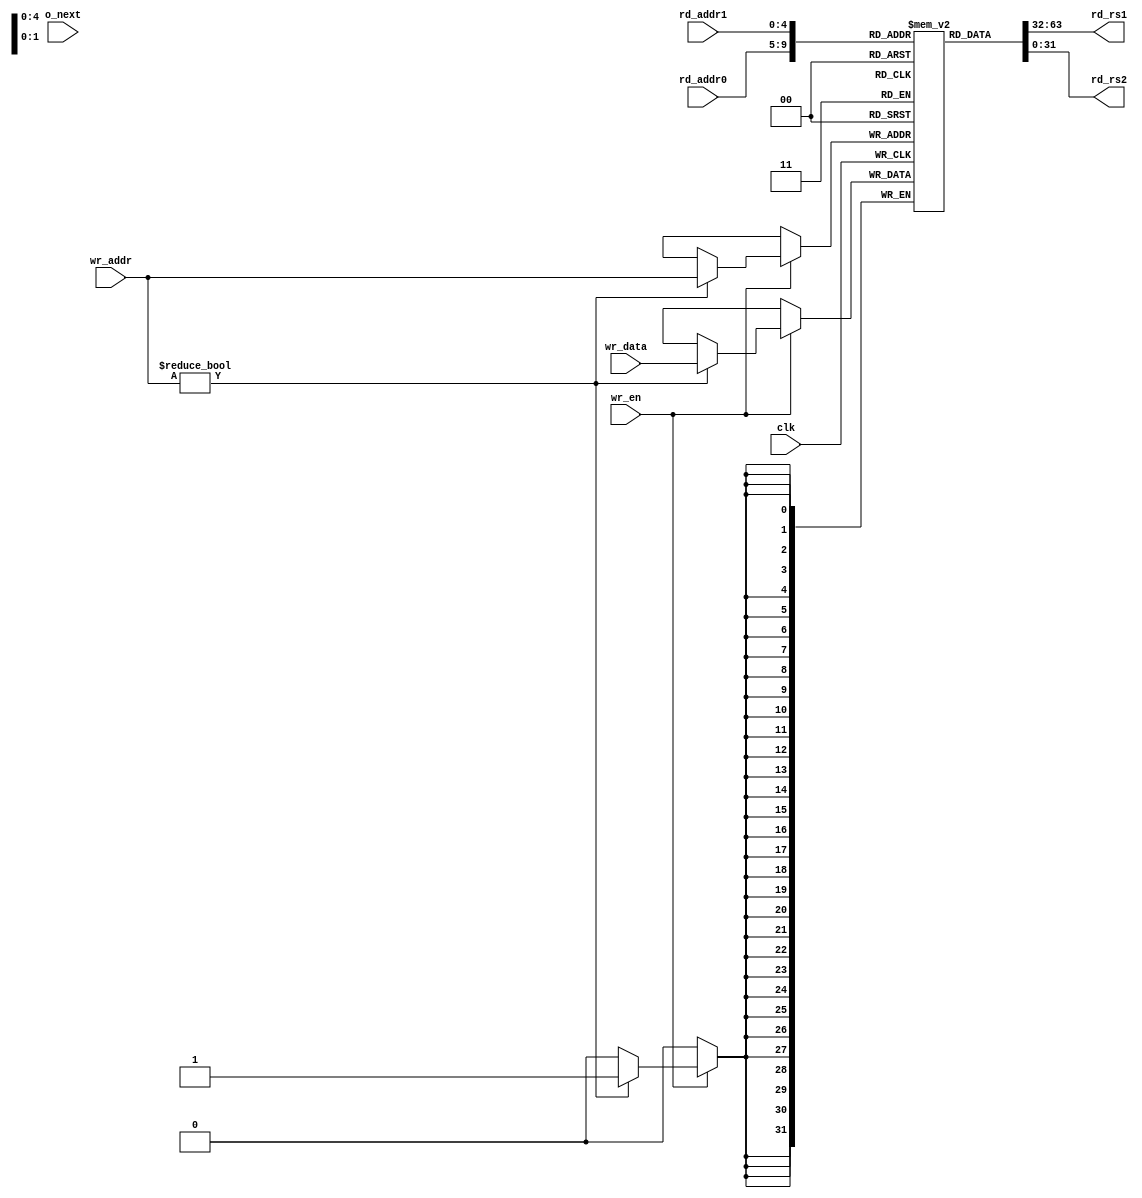
`timescale 1ns/1ps

module cpureg #(
    parameter REGISTER_INITIAL_VALUE = 0
)(
    input clk,
    input [4:0] rd_addr0,
    input [4:0] rd_addr1,
    output [31:0] rd_rs1,
    output [31:0] rd_rs2,
    input [4:0] wr_addr,
    input [31:0] wr_data,
    input wr_en,

    input o_next
);
    reg [31:0] cpu_reg [0:31];

    assign rd_rs1 = cpu_reg[rd_addr0];
    assign rd_rs2 = cpu_reg[rd_addr1];
    integer i;
    initial begin
        for(i = 0; i < 32; i = i + 1) begin: init
            cpu_reg[i] <= REGISTER_INITIAL_VALUE;
        end
    end
    
    always @(posedge clk) begin
        if(wr_en) begin
            if(wr_addr != 0) begin
                cpu_reg[wr_addr] <= wr_data;
            end
        end
    end
    
endmodule